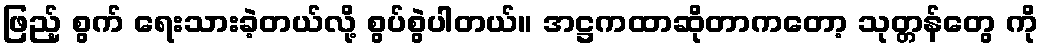
ဖြည့် စွက် ရေးသားခဲ့တယ်လို့ စွပ်စွဲပါတယ်။ အဋ္ဌကထာဆိုတာကတော့ သုတ္တန်တွေ ကို